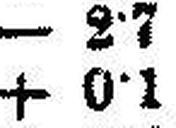
+ 0•1